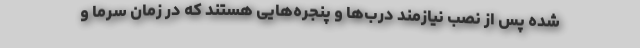
شده پس از نصب نیازمند درب‌ها و پنجره‌هایی هستند که در زمان سرما و